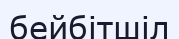
бейбітшіл